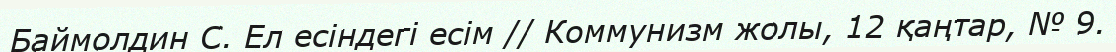
Баймолдин С. Ел есіндегі есім // Коммунизм жолы, 12 қаңтар, № 9.